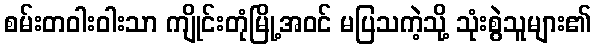
စမ်းတဝါးဝါးသာ ကျိုင်းတုံမြို့အဝင် မပြသကဲ့သို့ သုံးစွဲသူများ၏